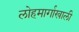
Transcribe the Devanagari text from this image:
लोहमार्गाखाली